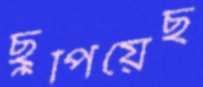
ছুপিয়েছ